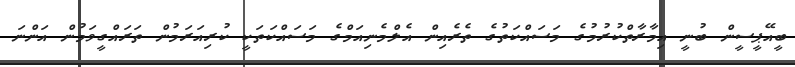
ބީއޭޕީސީން ބުނީ އިމާރާތްކުރުމުގެ މަސައްކަތުގެ ތެރެއިން އެލްމެނިއަމްގެ މަސައްކަތަކީ ކުރިއަރަމުން ތަރައްގީވަމުން އަންނަ